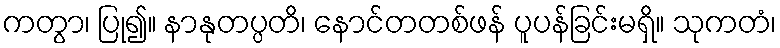
ကတွာ၊ ပြု၍။ နာနုတပ္ပတိ၊ နောင်တတစ်ဖန် ပူပန်ခြင်းမရှိ။ သုကတံ၊